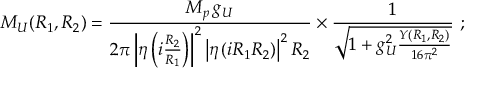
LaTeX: M _ { U } ( R _ { 1 } , R _ { 2 } ) = \frac { M _ { p } \, g _ { U } } { { 2 \pi } \left| \eta \left( i \frac { R _ { 2 } } { R _ { 1 } } \right) \right| ^ { 2 } \left| \eta \left( i R _ { 1 } R _ { 2 } \right) \right| ^ { 2 } R _ { 2 } } \times \frac { 1 } { \sqrt { 1 + g _ { U } ^ { 2 } \frac { Y ( R _ { 1 } , R _ { 2 } ) } { 1 6 \pi ^ { 2 } } } } \ ;